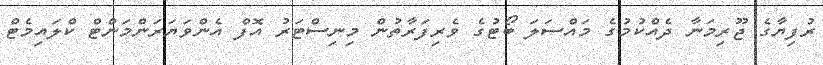
ރުފިޔާގެ ޖޫރިމަނާ ދެއްކުމުގެ މައްސަލަ ބޯޓުގެ ވެރިފަރާތުން މިނިސްޓަރު އޮފް އެންވަޔަރަންމަންޓް ކްލައިމެޓް